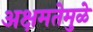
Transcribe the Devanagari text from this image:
अक्षमतेमुळे